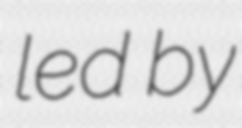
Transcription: led by